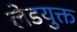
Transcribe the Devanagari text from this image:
लेडयुक्त